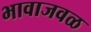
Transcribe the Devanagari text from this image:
भावाजवळ